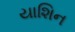
યાશિન